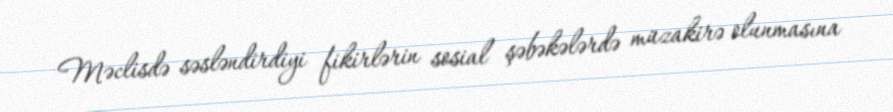
Məclisdə səsləndirdiyi fikirlərin sosial şəbəkələrdə müzakirə olunmasına